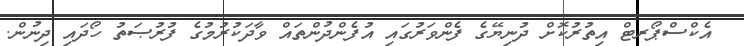
އެކްސްޕޯރޓް އިތުރުކޮށް ދުނިޔޭގެ ފެންވަރުގައި އުފެންދުންތައް ވާދަކުރުމުގެ ފުރުޞަތު ހޯދައި ދިނުން.